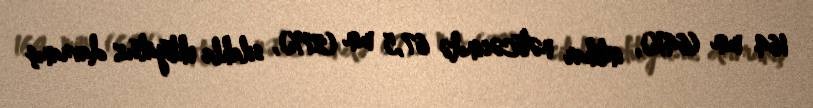
164 min (64%), intihar nəticəsində 67,5 min (27%), silahla ehtiyatsız davranış